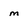
Character: m